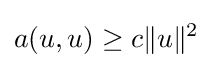
a(u,u)\geq c\|u\|^{2}